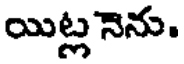
యిట్ల నెను.